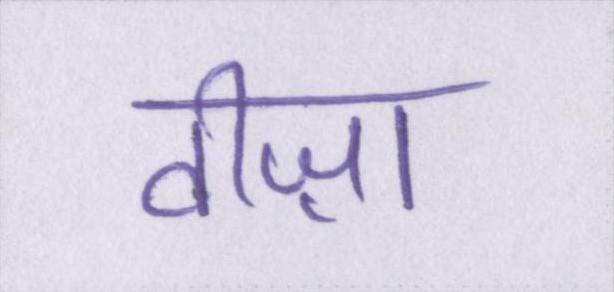
वीज़ा